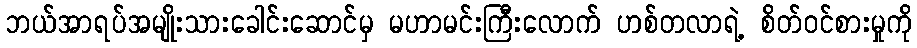
ဘယ်အာရပ်အမျိုးသားခေါင်းဆောင်မှ မဟာမင်းကြီးလောက် ဟစ်တလာရဲ့ စိတ်ဝင်စားမှုကို